Scottish Leaving Certificate Examination, 1958
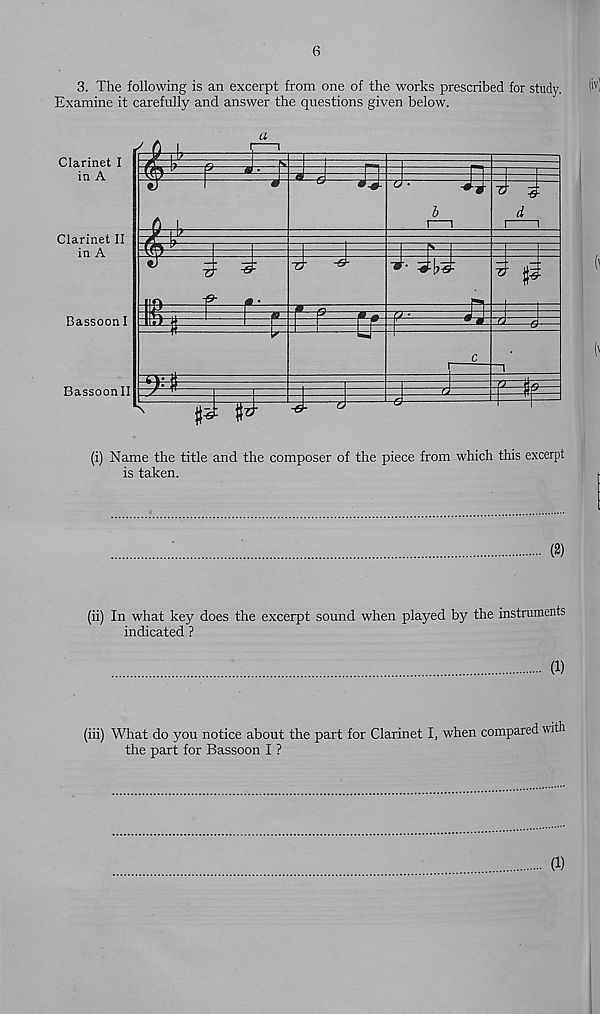
6
3. The following is an excerpt from one of the works prescribed for study.
M
Examine it carefully and answer the questions given below.
(i) Name the title and the composer of the piece from winch this excerpt
is taken.
(2)
(ii) In what key does the excerpt sound when played by the instruments
indicated ?
(1)
(iii) What do you notice about the part for Clarinet I, when compared with
the part for Bassoon I ?
(1)